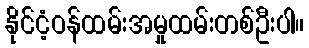
နိုင်ငံ့ဝန်ထမ်းအမှုထမ်းတစ်ဦးပါ။